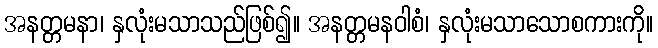
အနတ္တမနာ၊ နှလုံးမသာသည်ဖြစ်၍။ အနတ္တမနဝါစံ၊ နှလုံးမသာသောစကားကို။